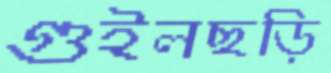
গুইলছড়ি